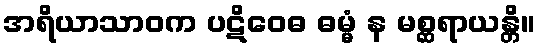
အရိယာသာဝက ပဋိဝေဓ ဓမ္မံ န မစ္ဆရာယန္တိ။